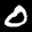
Label: 0